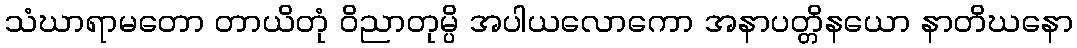
သံဃာရာမတော တာယိတုံ ဝိညာတုမ္ပိ အပါယလောကော အနာပတ္တိနယော နာတိဃနော